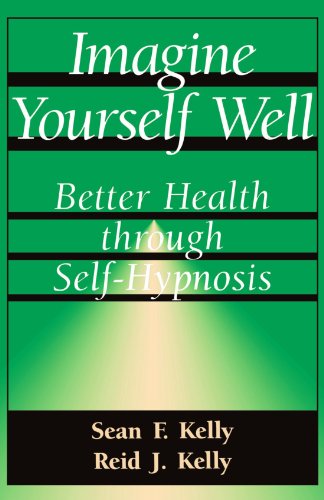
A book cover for Imagine Yourself Well: Better Health Through Self-hypnosis (Better Health Through Hypnosis); Sean F. Kelly; Health, Fitness & Dieting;